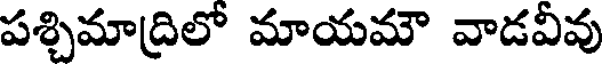
పశ్చిమాద్రిలో మాయమౌ వాడవీవు